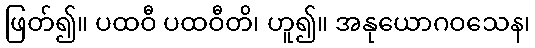
ဖြတ်၍။ ပထဝီ ပထဝီတိ၊ ဟူ၍။ အနုယောဂဝသေန၊